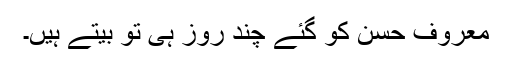
معروف حسن کو گئے چند روز ہی تو بیتے ہیں۔